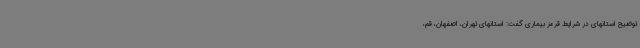
توضیح استانهای در شرایط قرمز بیماری گفت: استانهای تهران، اصفهان، قم،